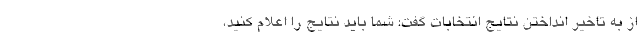
از به تاخیر انداختن نتایج انتخابات گفت: شما باید نتایج را اعلام کنید،